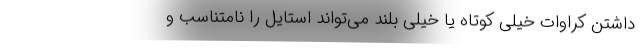
داشتن کراوات خیلی کوتاه یا خیلی بلند می‌تواند استایل را نامتناسب و